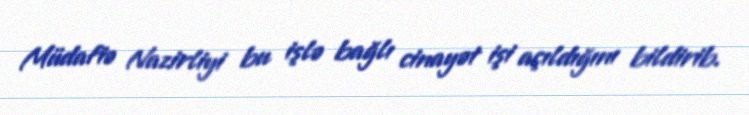
Müdafiə Nazirliyi bu işlə bağlı cinayət işi açıldığını bildirib.